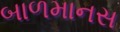
બાળમાનસ